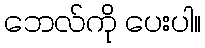
ဘေလ်ကို ပေးပါ။